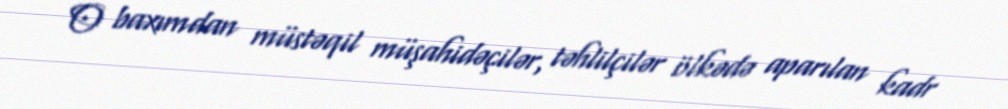
O baxımdan müstəqil müşahidəçilər, təhlilçilər ölkədə aparılan kadr